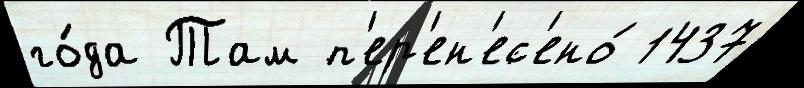
го́да Там п'ер'ен'ес'ено́ 1437